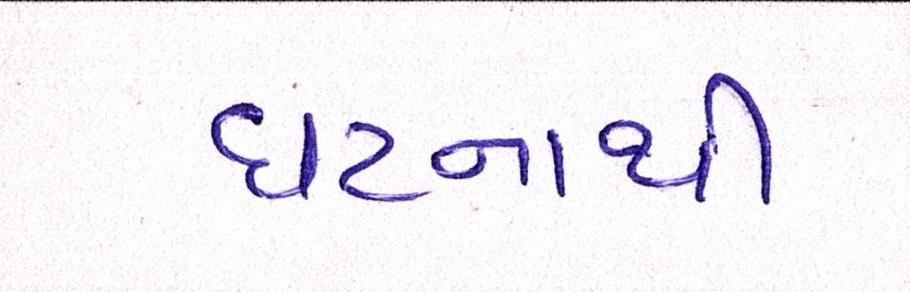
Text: ઘટનાથી